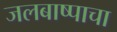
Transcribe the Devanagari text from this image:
जलबाष्पाचा